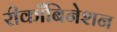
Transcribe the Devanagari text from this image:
रीकाँबिनेशन